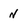
Character: n